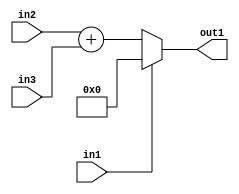
`timescale 1ps / 1ps
/*****************************************************************************
    Verilog RTL Description
    
    
    Created by: Stratus DpOpt 21.05.01 
*******************************************************************************/

module dut_entirecomputation_alt4_4 (
	in1,
	in2,
	in3,
	out1
	); /* architecture "behavioural" */ 
input  in1,
	in2;
input [2:0] in3;
output [3:0] out1;
wire [3:0] asc001,
	asc002;

assign asc002 = 
	+(in2)
	+(in3);

reg [3:0] asc001_tmp_0;
assign asc001 = asc001_tmp_0;
always @ (in1 or asc002) begin
	case (in1)
		1'B1 : asc001_tmp_0 = 4'B0000 ;
		default : asc001_tmp_0 = asc002 ;
	endcase
end

assign out1 = asc001;
endmodule

/* CADENCE  uLn2Sg8= : u9/ySxbfrwZIxEzHVQQV8Q== ** DO NOT EDIT THIS LINE ******/